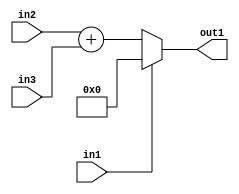
`timescale 1ps / 1ps
/*****************************************************************************
    Verilog RTL Description
    
    
    Created by: Stratus DpOpt 21.05.01 
*******************************************************************************/

module dut_entirecomputation_alt4_4 (
	in1,
	in2,
	in3,
	out1
	); /* architecture "behavioural" */ 
input  in1,
	in2;
input [2:0] in3;
output [3:0] out1;
wire [3:0] asc001,
	asc002;

assign asc002 = 
	+(in2)
	+(in3);

reg [3:0] asc001_tmp_0;
assign asc001 = asc001_tmp_0;
always @ (in1 or asc002) begin
	case (in1)
		1'B1 : asc001_tmp_0 = 4'B0000 ;
		default : asc001_tmp_0 = asc002 ;
	endcase
end

assign out1 = asc001;
endmodule

/* CADENCE  uLn2Sg8= : u9/ySxbfrwZIxEzHVQQV8Q== ** DO NOT EDIT THIS LINE ******/